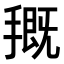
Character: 𭡰